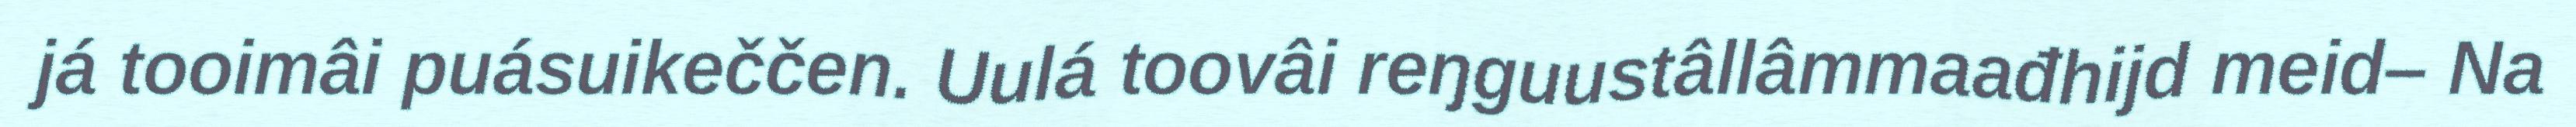
já tooimâi puásuikeččen. Uulá toovâi reŋguustâllâmmaađhijd meid– Na